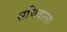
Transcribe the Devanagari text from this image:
सचिवाला